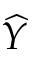
\widehat { Y }